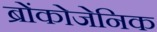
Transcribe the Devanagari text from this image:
ब्रोंकोजेनिक